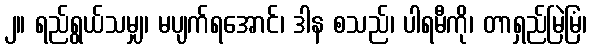
၂။ ရည်ရွယ်သမျှ၊ မပျက်ရအောင်၊ ဒါန စသည်၊ ပါရမီကို၊ တာရှည်မြဲမြံ၊